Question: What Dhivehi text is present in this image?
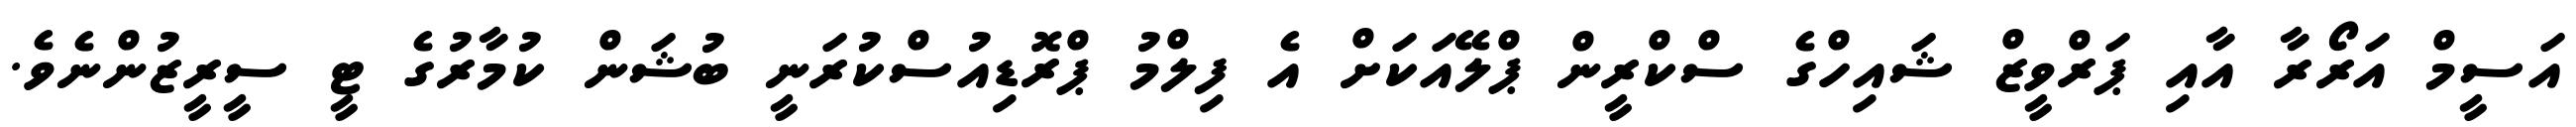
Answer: އަސީމް އަރޯރާ އާއި ޕަރްވީޒް ޝައިހްގެ ސްކްރީން ޕްލޭއަކަށް އެ ފިލްމު ޕްރޮޑިއުސްކުރަނީ ބުޝަން ކުމާރުގެ ޓީ ސީރީޒުންނެވެ.